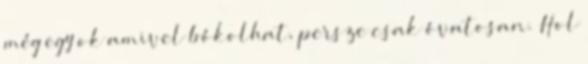
még egy ok amivel bókolhat, persze csak óvatosan. Hol